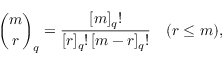
{ \binom { m } { r } } _ { q } = { \frac { [ m ] _ { q } ! } { [ r ] _ { q } ! \, [ m - r ] _ { q } ! } } \quad ( r \leq m ) ,